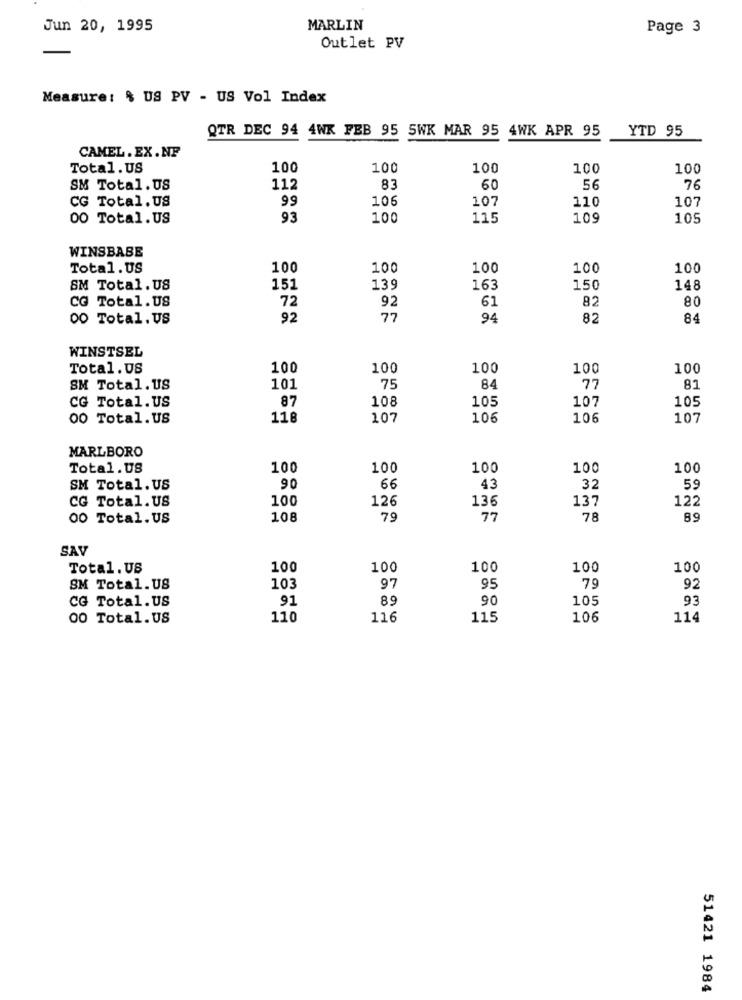
Jun 20, 1995
MARLIN
Page 3
Outlet PV
Measure: % US PV - US Vol Index
QTR DEC 94 4WK FEB 95 5WK MAR 95 4WK APR 95
YTD 95
CAMEL. EX.NF
Total. US
100
100
100
100
100
SM Total. US
112
83
60
56
76
CG Total. US
99
106
107
110
107
00 Total.US
93
100
115
109
105
WINSBABE
Total.US
100
100
100
100
100
SM Total. US
151
139
163
150
148
CG Total.US
72
92
61
82
80
00 Total. US
92
77
94
82
84
WINSTSEL
Total.US
100
100
100
100
100
75
SM Total. US
101
84
77
81
CG Total.US
87
108
105
107
105
00 Total. US
118
107
10€
106
107
MARLBORO
Total.US
100
100
100
100
100
SM Total. US
90
66
43
32
59
CG Total. US
100
126
136
137
122
00 Total. US
108
79
77
78
89
SAV
Total. US
100
100
100
100
100
95
92
SM Total. US
103
97
79
CG Total.US
91
89
90
105
93
00 Total.US
110
116
115
106
114
51421 1984